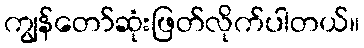
ကျွန်တော်ဆုံးဖြတ်လိုက်ပါတယ်။